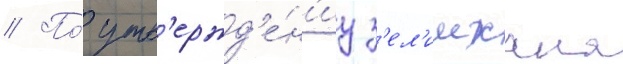
// По́ утв'ержд'е́н'иу з'ел'имхана